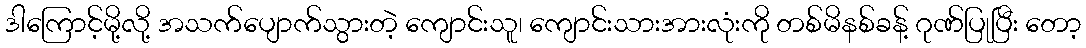
ဒါကြောင့်မို့လို့ အသက်ပျောက်သွားတဲ့ ကျောင်းသူ၊ ကျောင်းသားအားလုံးကို တစ်မိနစ်ခန့် ဂုဏ်ပြုပြီး တော့